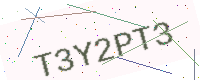
Text: T3Y2PT3